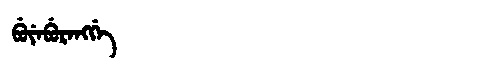
Manchu: ᠪᡠᠶᡝᠪᡠᡵᡝᠩᡤᡝ
Romanization: BUYEBURENGGE